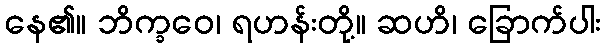
နေ၏။ ဘိက္ခဝေ၊ ရဟန်းတို့။ ဆဟိ၊ ခြောက်ပါး